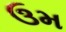
ઉમ